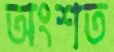
অংশত